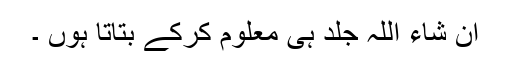
ان شاء اللہ جلد ہی معلوم کرکے بتاتا ہوں ۔